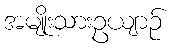
အမျိုးသားဥယျာဉ်